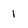
Character: 1